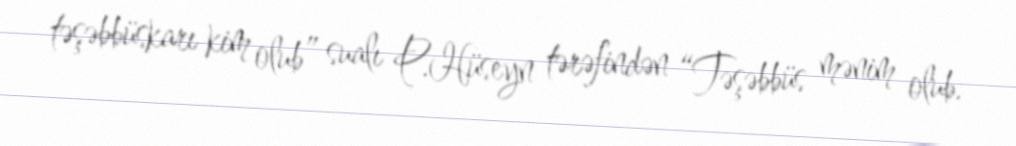
təşəbbüskarı kim olub” sualı P.Hüseyn tərəfindən “Təşəbbüs mənim olub.